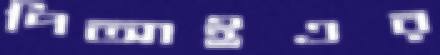
পিআইএর